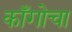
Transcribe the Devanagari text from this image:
कॉँगोचा